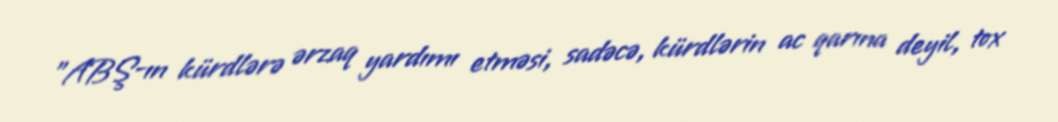
”ABŞ-ın kürdlərə ərzaq yardımı etməsi, sadəcə, kürdlərin ac qarına deyil, tox